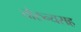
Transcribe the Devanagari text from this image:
तोरुन्यसह